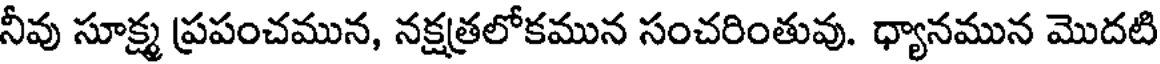
నీవు సూక్ష్మ ప్రపంచమున, నక్షత్రలోకమున సంచరింతువు. ధ్యానమున మొదటి